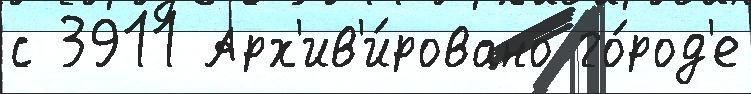
с 3911 Арх'ив'и́ровано го́род'е